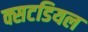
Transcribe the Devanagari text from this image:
क्सटडियल